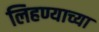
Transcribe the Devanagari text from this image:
लिहण्याच्या